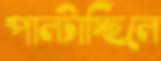
পাল্‌টাচ্ছিলে